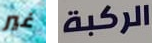
غير الركبة